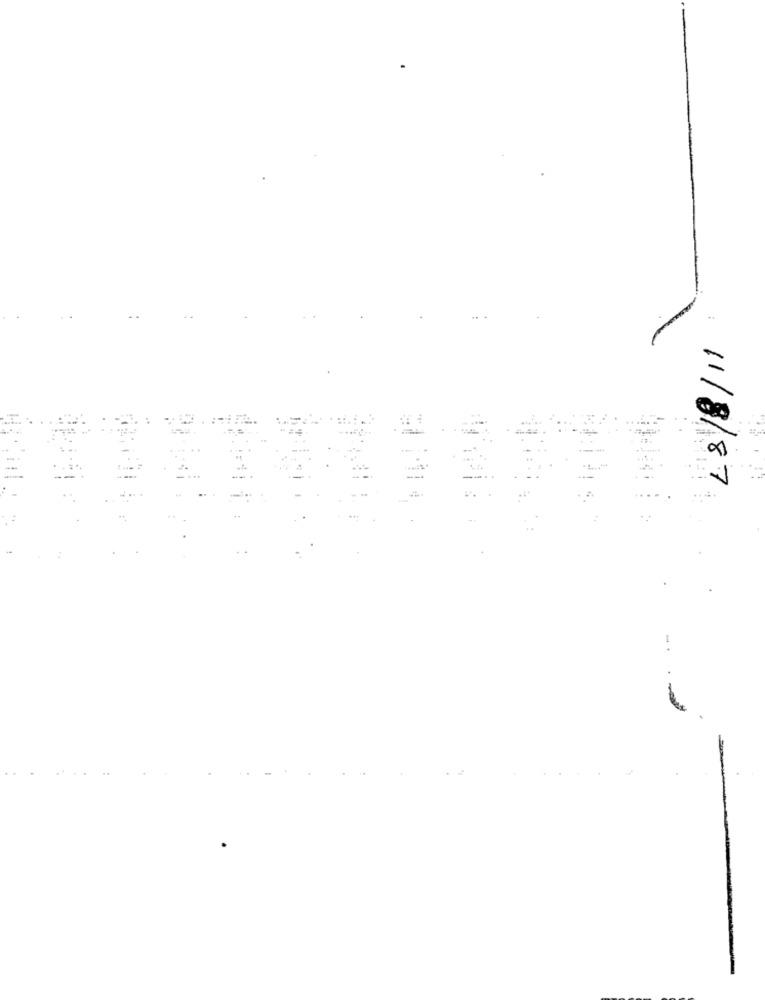
11/8/87